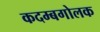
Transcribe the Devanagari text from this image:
कदम्बगोलक